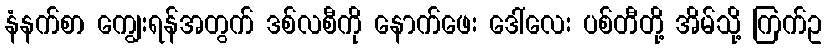
နံနက်စာ ကျွေးရန်အတွက် ဒစ်လစီကို နောက်ဖေး ဒေါ်လေး ပစ်တီတို့ အိမ်သို့ ကြက်ဥ